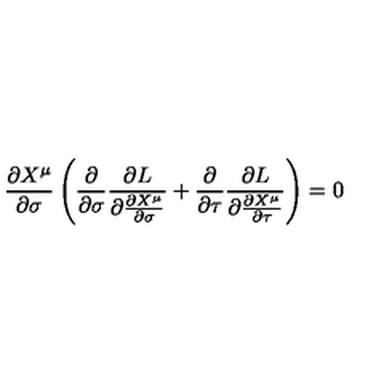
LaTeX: \frac { \partial X ^ { \mu } } { \partial \sigma } \left( \frac { \partial } { \partial \sigma } \frac { \partial L } { \partial \frac { \partial X ^ { \mu } } { \partial \sigma } } + \frac { \partial } { \partial \tau } \frac { \partial L } { \partial \frac { \partial X ^ { \mu } } { \partial \tau } } \right) = 0